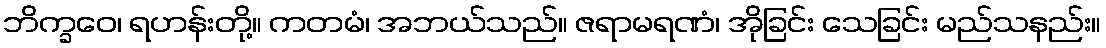
ဘိက္ခဝေ၊ ရဟန်းတို့။ ကတမံ၊ အဘယ်သည်။ ဇရာမရဏံ၊ အိုခြင်း သေခြင်း မည်သနည်း။